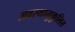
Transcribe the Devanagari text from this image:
अवस्थानुकुलित